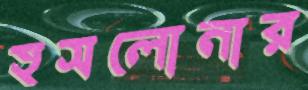
হসলোনার